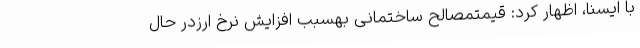
با ایسنا، اظهار کرد: قیمتمصالح ساختمانی بهسبب افزایش نرخ ارزدر حال